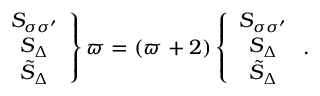
\left. \begin{array} { c c c } { { S _ { \sigma \sigma ^ { \prime } } \nonumber } } \\ { { S _ { \Delta } \nonumber } } \\ { { \tilde { S } _ { \Delta } } } \end{array} \right\} \varpi = ( \varpi + 2 ) \left\{ \begin{array} { c c c } { { S _ { \sigma \sigma ^ { \prime } } \nonumber } } \\ { { S _ { \Delta } \nonumber } } \\ { { \tilde { S } _ { \Delta } } } \end{array} \right. .